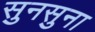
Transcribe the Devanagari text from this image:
सुनसुना